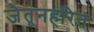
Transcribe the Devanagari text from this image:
जैतूनहरित